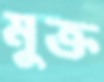
মুক্ত